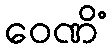
ဝေဏိံ